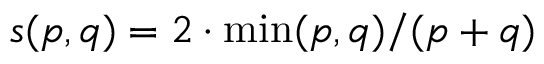
s ( p , q ) = 2 \cdot \operatorname* { m i n } ( p , q ) / ( p + q )